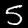
Label: 5